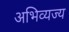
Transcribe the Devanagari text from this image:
अभिव्यज्य